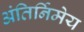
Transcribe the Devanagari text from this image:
अंतिर्निमेय